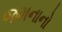
જમનાનો